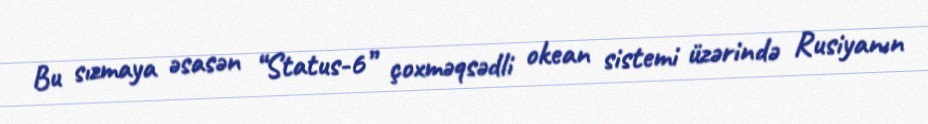
Bu sızmaya əsasən “Status-6” çoxməqsədli okean sistemi üzərində Rusiyanın